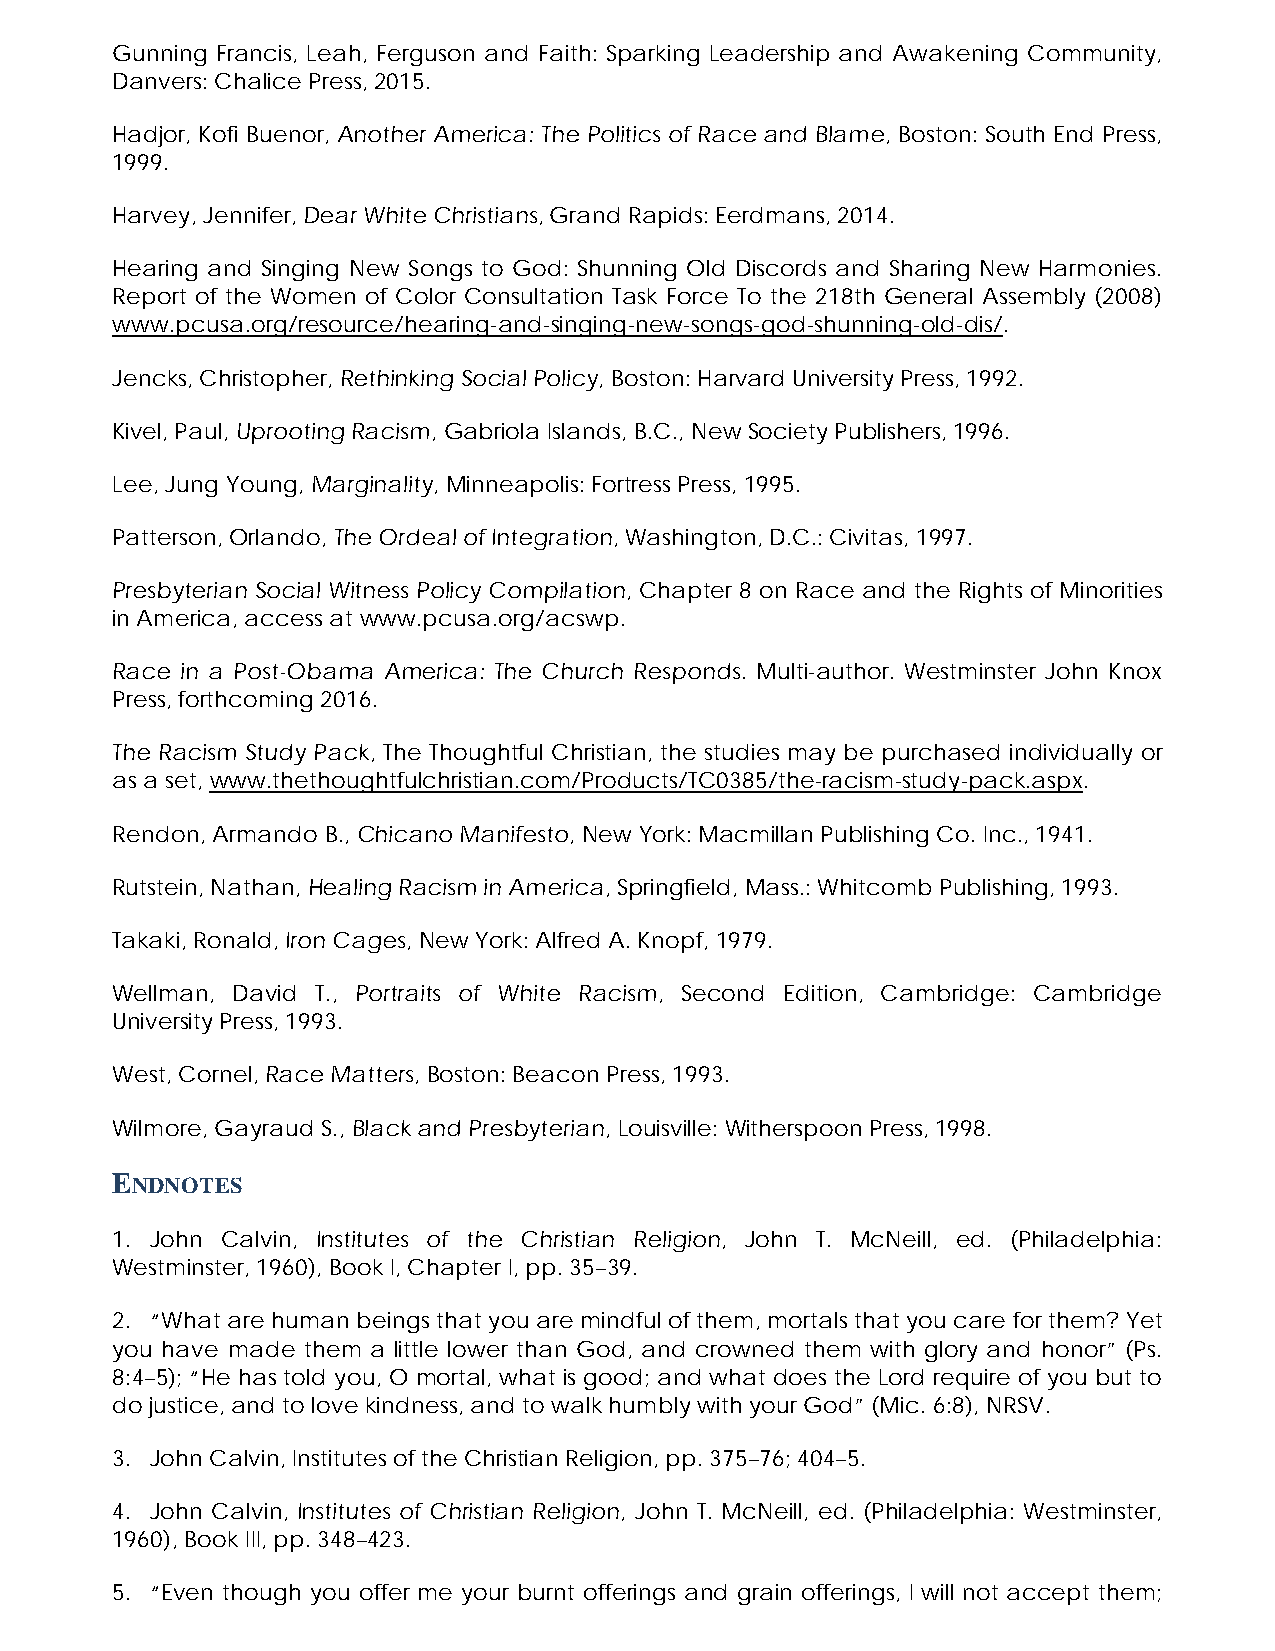
Gunning Francis, Leah, Ferguson and Faith: Sparking Leadership and Awakening Community,
 Danvers: Chalice Press, 2015.
 Hadjor, Kofi Buenor, Another America: The Politics of Race and Blame, Boston: South End Press,
 1999.
 Harvey, Jennifer, Dear White Christians, Grand Rapids: Eerdmans, 2014.
 Hearing and Singing New Songs to God: Shunning Old Discords and Sharing New Harmonies.
 Report of the Women of Color Consultation Task Force To the 218th General Assembly (2008)
 www.pcusa.org/resource/hearing-and-singing-new-songs-god-shunning-old-dis/.
 Jencks, Christopher, Rethinking Social Policy, Boston: Harvard University Press, 1992.
 Kivel, Paul, Uprooting Racism, Gabriola Islands, B.C., New Society Publishers, 1996.
 Lee, Jung Young, Marginality, Minneapolis: Fortress Press, 1995.
 Patterson, Orlando, The Ordeal of Integration, Washington, D.C.: Civitas, 1997.
 Presbyterian Social Witness Policy Compilation, Chapter 8 on Race and the Rights of Minorities
 in America, access at www.pcusa.org/acswp.
 Race in a Post-Obama America: The Church Responds. Multi-author. Westminster John Knox
 Press, forthcoming 2016.
 The Racism Study Pack, The Thoughtful Christian, the studies may be purchased individually or
 as a set, www.thethoughtfulchristian.com/Products/TC0385/the-racism-study-pack.aspx.
 Rendon, Armando B., Chicano Manifesto, New York: Macmillan Publishing Co. Inc., 1941.
 Rutstein, Nathan, Healing Racism in America, Springfield, Mass.: Whitcomb Publishing, 1993.
 Takaki, Ronald, Iron Cages, New York: Alfred A. Knopf, 1979.
 Wellman, David T., Portraits of White Racism, Second Edition, Cambridge: Cambridge
 University Press, 1993.
 West, Cornel, Race Matters, Boston: Beacon Press, 1993.
 Wilmore, Gayraud S., Black and Presbyterian, Louisville: Witherspoon Press, 1998.
 ENDNOTES
 1. John Calvin, Institutes of the Christian Religion, John T. McNeill, ed. (Philadelphia:
 Westminster, 1960), Book I, Chapter I, pp. 35–39.
 2. “What are human beings that you are mindful of them, mortals that you care for them? Yet
 you have made them a little lower than God, and crowned them with glory and honor” (Ps.
 8:4–5); “He has told you, O mortal, what is good; and what does the Lord require of you but to
 do justice, and to love kindness, and to walk humbly with your God” (Mic. 6:8), NRSV.
 3. John Calvin, Institutes of the Christian Religion, pp. 375–76; 404–5.
 4. John Calvin, Institutes of Christian Religion, John T. McNeill, ed. (Philadelphia: Westminster,
 1960), Book III, pp. 348–423.
 5. “Even though you offer me your burnt offerings and grain offerings, I will not accept them;